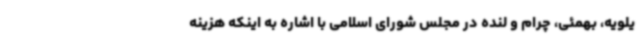
یلویه، بهمئی، چرام و لنده در مجلس شورای اسلامی با اشاره به اینکه هزینه